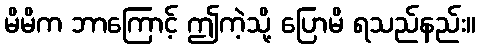
မိမိက ဘာကြောင့် ဤကဲ့သို့ ပြောမိ ရသည်နည်း။